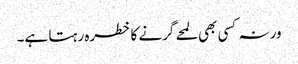
ورنہ کسی بھی لمحے گرنے کا خطرہ رہتا ہے۔